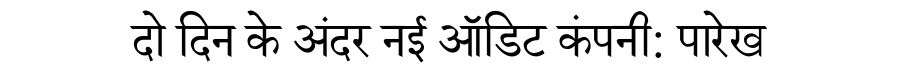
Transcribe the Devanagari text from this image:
दो दिन के अंदर नई ऑडिट कंपनी: पारेख